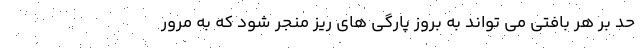
حد بر هر بافتی می تواند به بروز پارگی های ریز منجر شود که به مرور